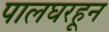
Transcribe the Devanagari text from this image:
पालघरहून